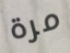
مرة